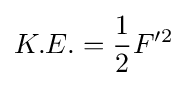
K.E.={\frac {1}{2}}F'^{2}